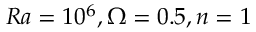
R a = 1 0 ^ { 6 } , \Omega = 0 . 5 , n = 1